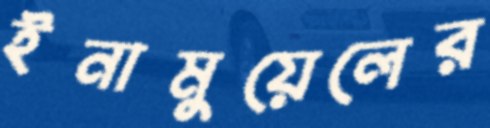
ইনামুয়েলের